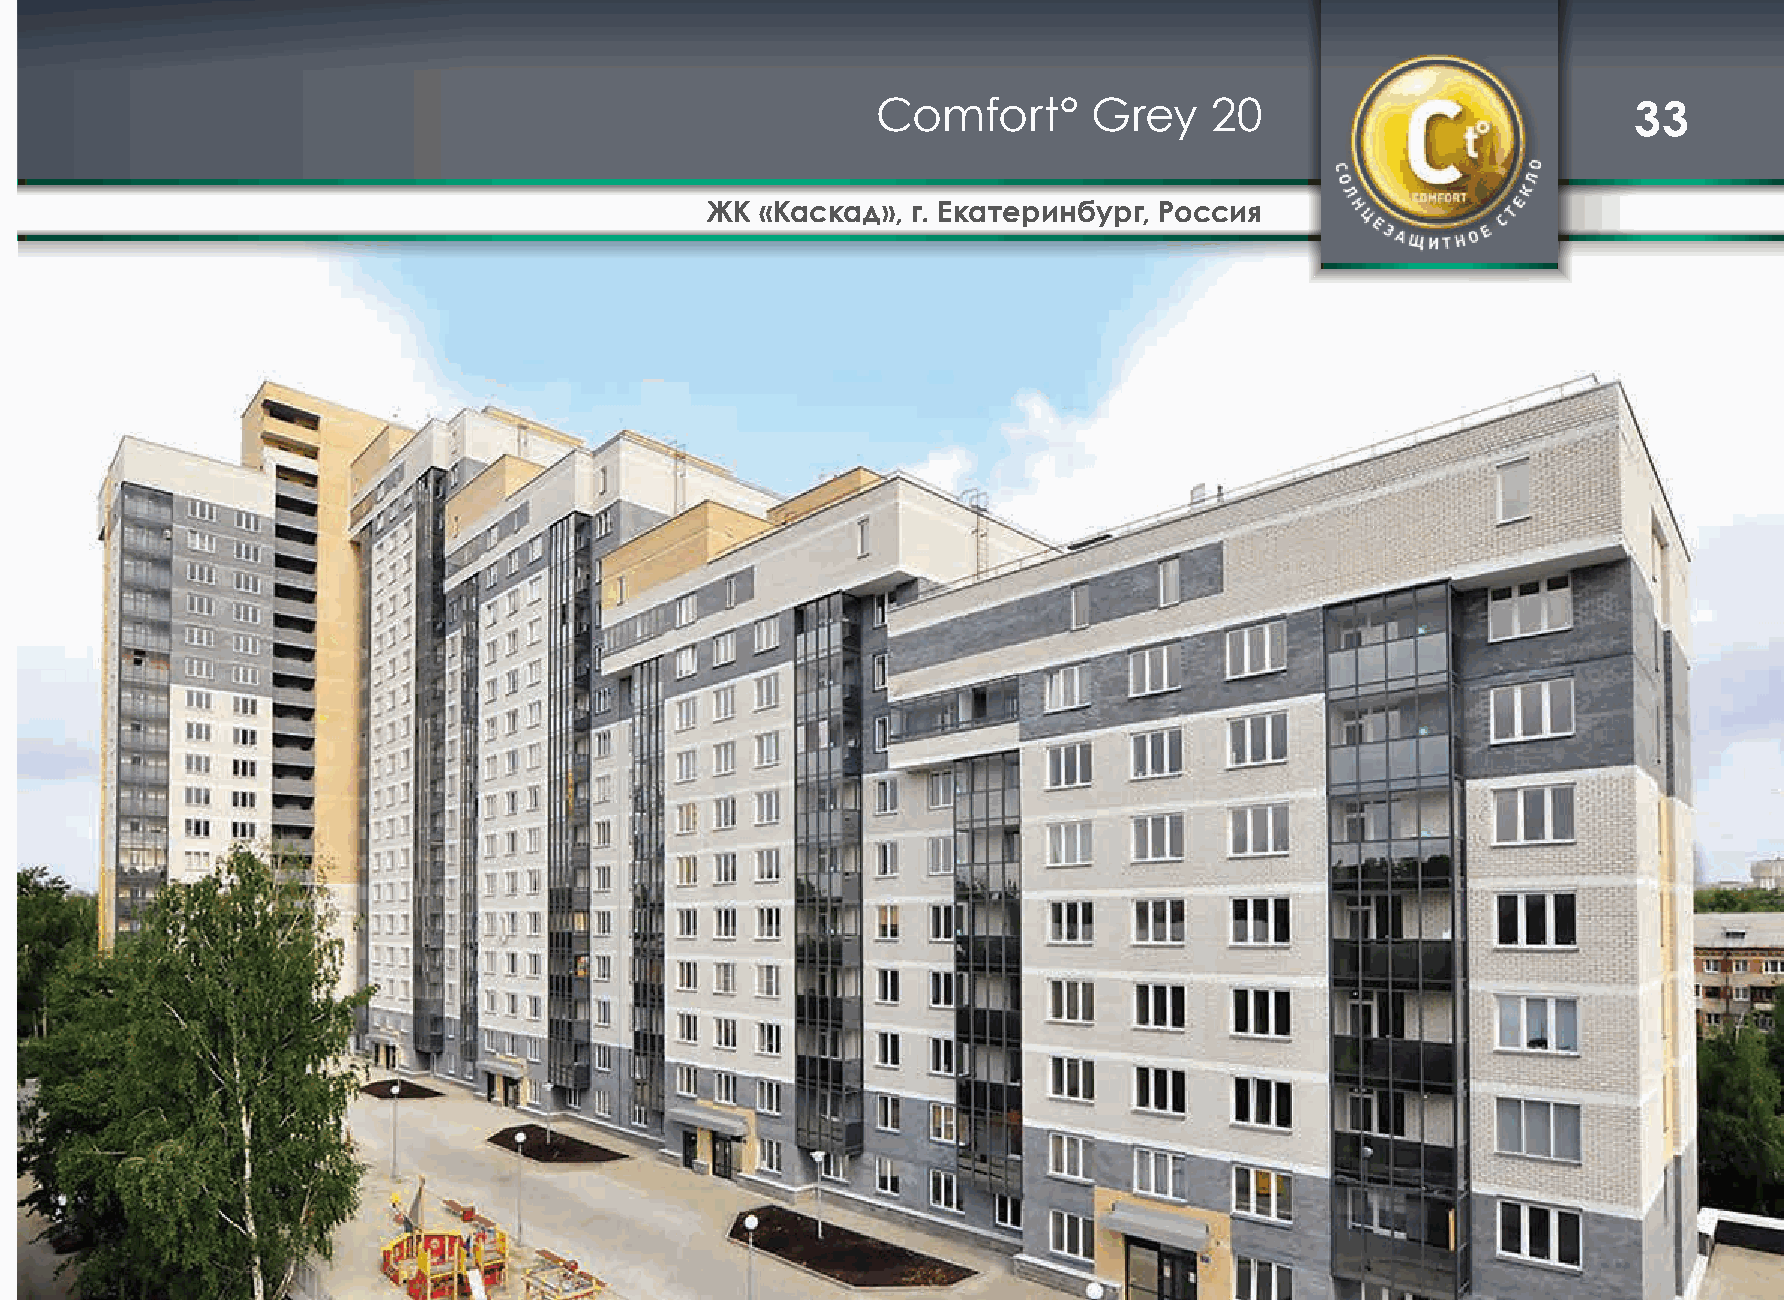
Comfort°      Grey    20                          33
 ЖК «Каскад», г. Екатеринбург, Россия